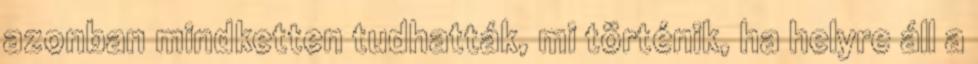
azonban mindketten tudhatták, mi történik, ha helyre áll a